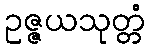
ဥဇ္ဇယသုတ္တံ